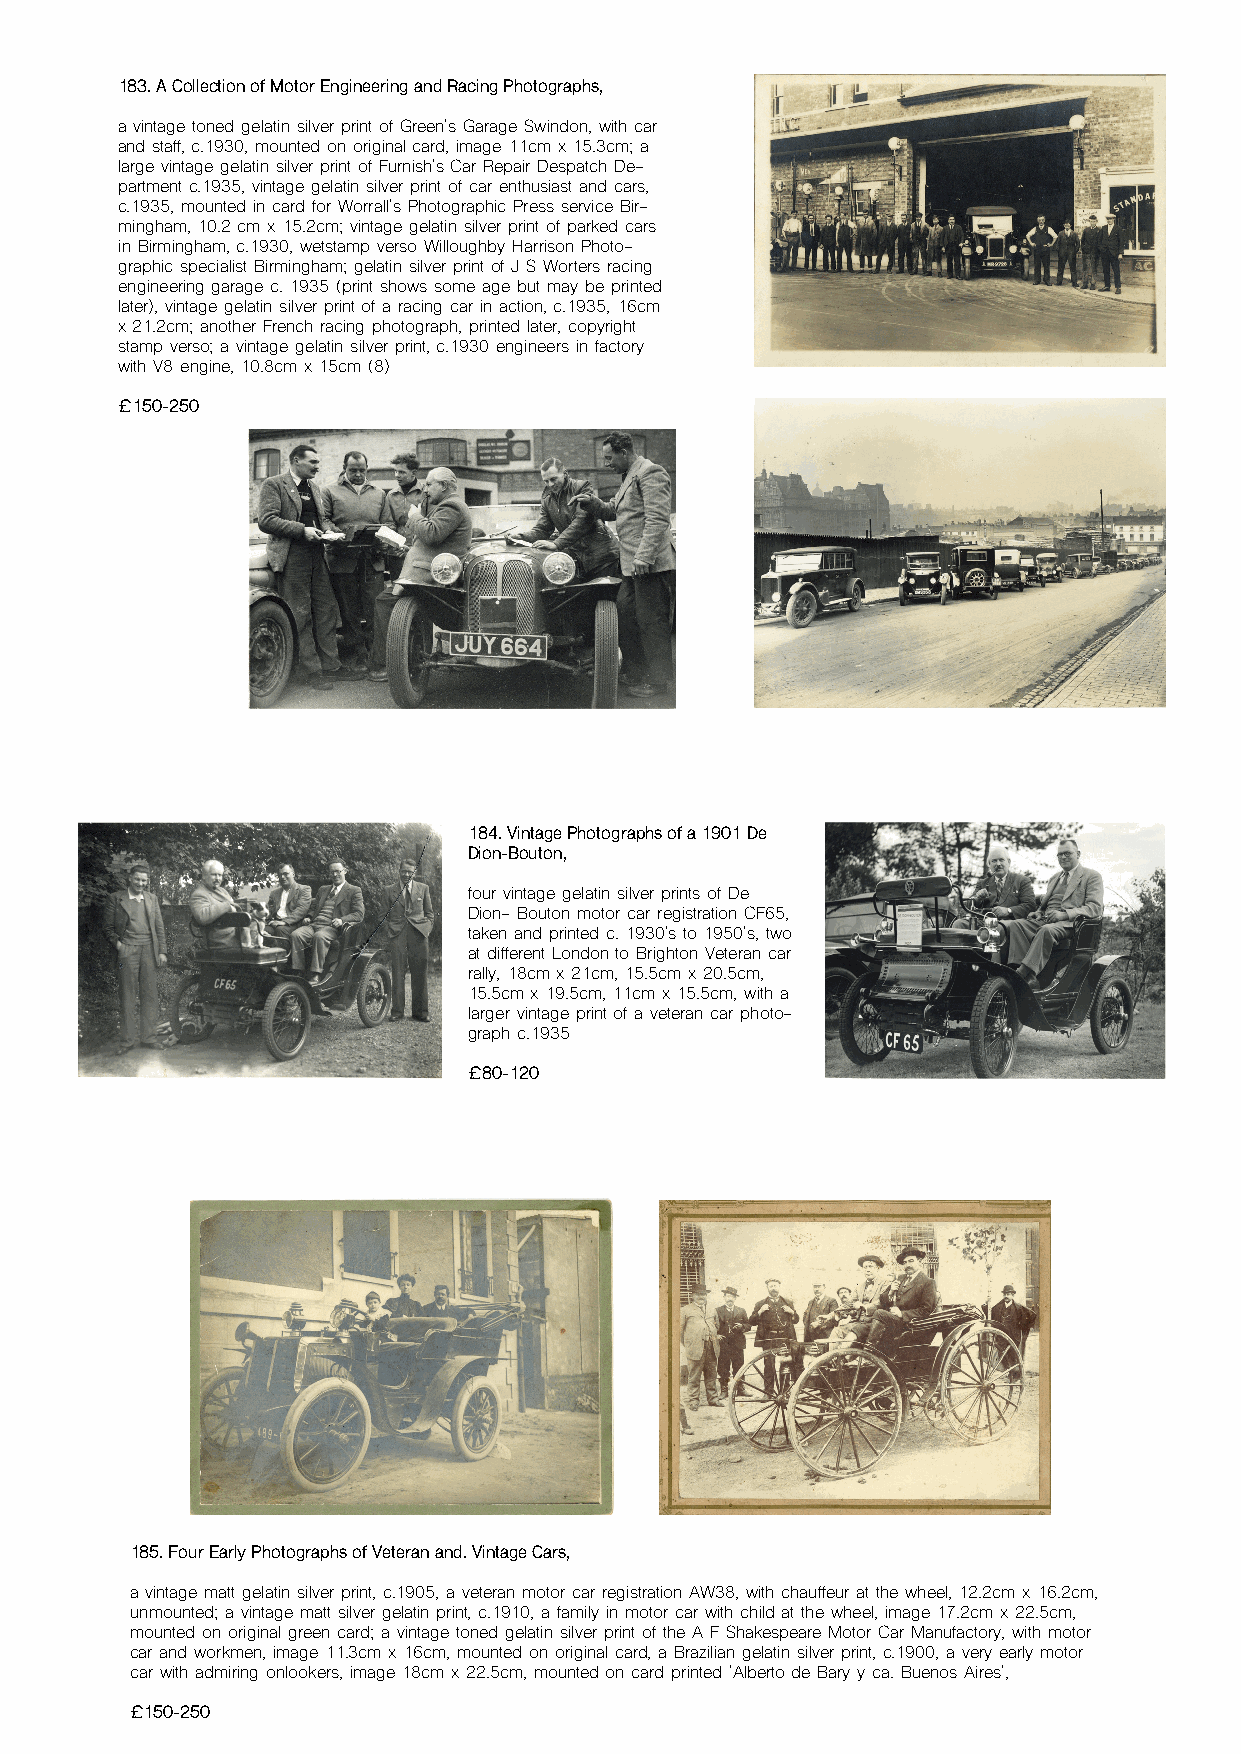
183. A Collection of Motor Engineering and Racing Photographs,
 a vintage toned gelatin silver print of Green's Garage Swindon, with car
 and staff, c.1930, mounted on original card, image 11cm x 15.3cm; a
 large vintage gelatin silver print of Furnish's Car Repair Despatch De-
 partment c.1935, vintage gelatin silver print of car enthusiast and cars,
 c.1935, mounted in card for Worrall's Photographic Press service Bir-
 mingham, 10.2 cm x 15.2cm; vintage gelatin silver print of parked cars
 in Birmingham, c.1930, wetstamp verso Willoughby Harrison Photo-
 graphic specialist Birmingham; gelatin silver print of J S Worters racing
 engineering garage c. 1935 (print shows some age but may be printed
 later), vintage gelatin silver print of a racing car in action, c.1935, 16cm
 x 21.2cm; another French racing photograph, printed later, copyright
 stamp verso; a vintage gelatin silver print, c.1930 engineers in factory
 with V8 engine, 10.8cm x 15cm (8)
 £150-250
 184. Vintage Photographs of a 1901 De
 Dion-Bouton,
 four vintage gelatin silver prints of De
 Dion- Bouton motor car registration CF65,
 taken and printed c. 1930's to 1950's, two
 at different London to Brighton Veteran car
 rally, 18cm x 21cm, 15.5cm x 20.5cm,
 15.5cm x 19.5cm, 11cm x 15.5cm, with a
 larger vintage print of a veteran car photo-
 graph c.1935
 £80-120
 185. Four Early Photographs of Veteran and. Vintage Cars,
 a vintage matt gelatin silver print, c.1905, a veteran motor car registration AW38, with chauffeur at the wheel, 12.2cm x 16.2cm,
 unmounted; a vintage matt silver gelatin print, c.1910, a family in motor car with child at the wheel, image 17.2cm x 22.5cm,
 mounted on original green card; a vintage toned gelatin silver print of the A F Shakespeare Motor Car Manufactory, with motor
 car and workmen, image 11.3cm x 16cm, mounted on original card, a Brazilian gelatin silver print, c.1900, a very early motor
 car with admiring onlookers, image 18cm x 22.5cm, mounted on card printed 'Alberto de Bary y ca. Buenos Aires',
 £150-250